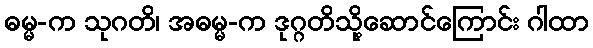
ဓမ္မ-က သုဂတိ၊ အဓမ္မ-က ဒုဂ္ဂတိသို့ဆောင်ကြောင်း ဂါထာ